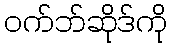
ဝက်ဘ်ဆိုဒ်ကို